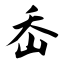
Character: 岙